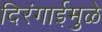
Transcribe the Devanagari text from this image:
दिरंगाईमुळे